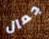
جمال